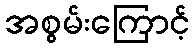
အစွမ်းကြောင့်